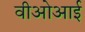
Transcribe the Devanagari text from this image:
वीओआई